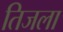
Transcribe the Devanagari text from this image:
तिजला